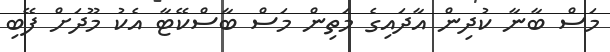
މަސް ބާނާ ކުދިން އާދައިގެ މަތިން މަސް ބާސްކޭޓާ އެކު މޫދަށް ފޭބި